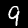
Label: 9